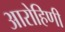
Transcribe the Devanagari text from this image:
आरोहिणी